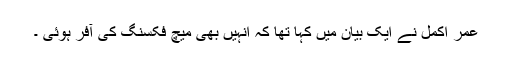
عمر اکمل نے ایک بیان میں کہا تھا کہ انہیں بھی میچ فکسنگ کی آفر ہوئی ۔